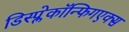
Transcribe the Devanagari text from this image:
डिस्प्लेकॉन्फिगएक्स